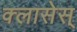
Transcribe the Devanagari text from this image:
क्लासेस्